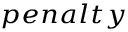
_ { p e n a l t y }